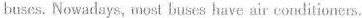
buses. Nowadays, most buses have air conditioners,